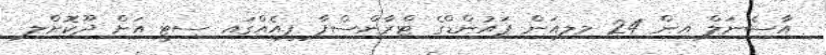
އާސެނަލް އިން 24 މިލިއަން ޕައުންޑްގެ ޓްރާންސްފާ ފީއެއްގައި ސިޓީ އަށް ދޫކޮށްލި